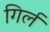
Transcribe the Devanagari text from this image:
गिर्ल